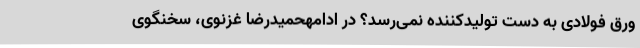
ورق فولادی به دست تولیدکننده نمی‌رسد؟ در ادامهحمیدرضا غزنوی، سخنگوی